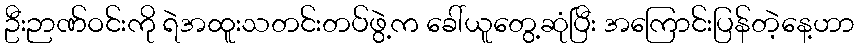
ဦးဉာဏ်ဝင်းကို ရဲအထူးသတင်းတပ်ဖွဲ့က ခေါ်ယူတွေ့ဆုံပြီး အကြောင်းပြန်တဲ့နေ့ဟာ